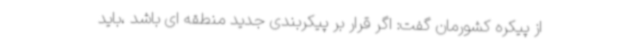
از پیکره کشورمان گفت: اگر قرار بر پیکربندی جدید منطقه ای باشد ،باید